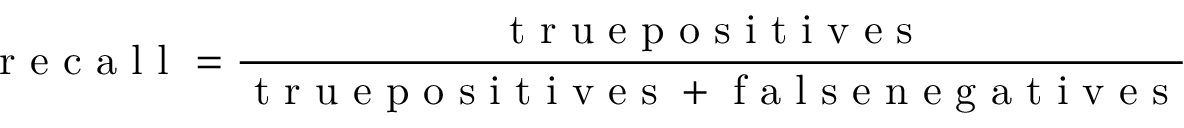
\mathrm { ~ r ~ e ~ c ~ a ~ l ~ l ~ } = \frac { \mathrm { ~ t ~ r ~ u ~ e ~ p ~ o ~ s ~ i ~ t ~ i ~ v ~ e ~ s ~ } } { \mathrm { ~ t ~ r ~ u ~ e ~ p ~ o ~ s ~ i ~ t ~ i ~ v ~ e ~ s ~ + ~ f ~ a ~ l ~ s ~ e ~ n ~ e ~ g ~ a ~ t ~ i ~ v ~ e ~ s ~ } }